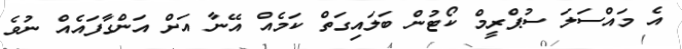
އެ މައްސަލަ ސުޕްރީމް ކޯޓުން ބަލައިގަތް ކަމެއް އޭނާ އަށް އަންގާފައެއް ނުވެ